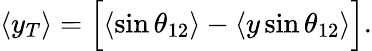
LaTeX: \langle y_{T}\rangle=\Big[\langle\sin\theta_{12}\rangle-\langle y\sin\theta_{12}\rangle\Big].